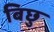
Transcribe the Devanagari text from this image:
बिछु